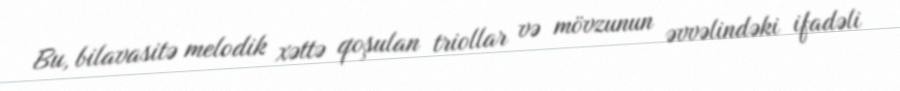
Bu, bilavasitə melodik xəttə qoşulan triollar və mövzunun əvvəlindəki ifadəli